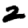
Digit: 2